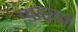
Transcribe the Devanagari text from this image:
मुहूरत